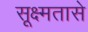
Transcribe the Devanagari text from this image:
सूक्ष्मतासे